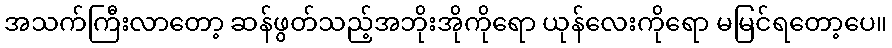
အသက်ကြီးလာတော့ ဆန်ဖွတ်သည့်အဘိုးအိုကိုရော ယုန်လေးကိုရော မမြင်ရတော့ပေ။